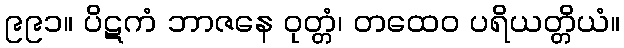
၉၉၁။ ပိဋကံ ဘာဇနေ ဝုတ္တံ၊ တထေဝ ပရိယတ္တိယံ။